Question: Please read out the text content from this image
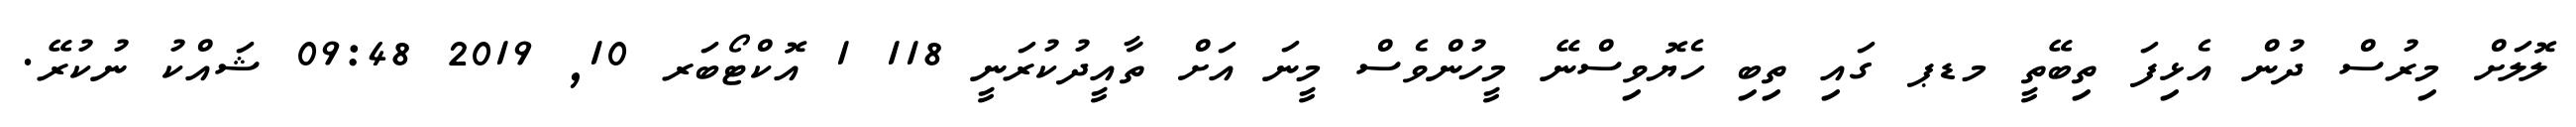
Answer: ލޮލަށް މިރުސް ދުން އެޅިފަ ތިބޭތީ މޑޕ ގައި ތިބި ހެޔޮވިސްނޭ މީހުންވެސް މީނަ އަށް ތާއީދުކުރަނީ 118 1 އޮކްޓޯބަރ 10, 2019 09:48 ޝައްކު ނުކުރޭ.